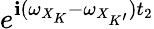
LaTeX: e^{\mathbf{i}(\omega_{X_{K}}-\omega_{X_{K^{\prime}}})t_{2}}